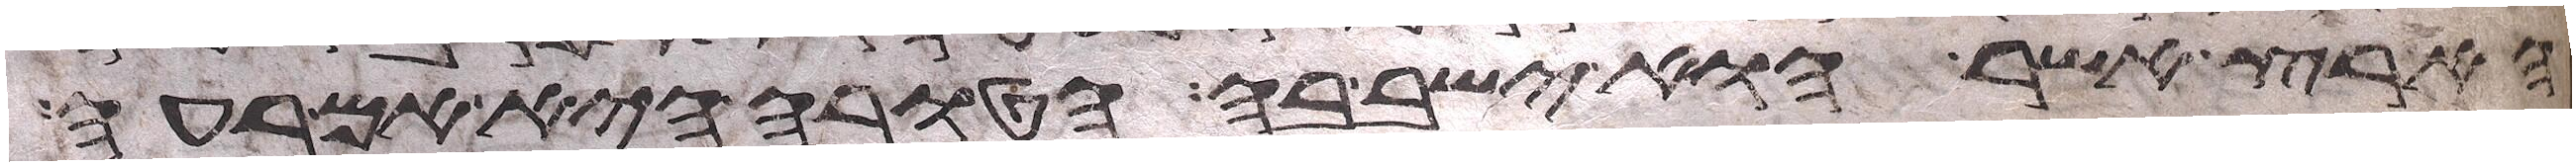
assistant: הארץ אשר הוא ישב בה הטובה היא אם רעה